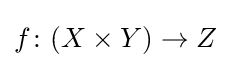
f\colon (X\times Y)\to Z